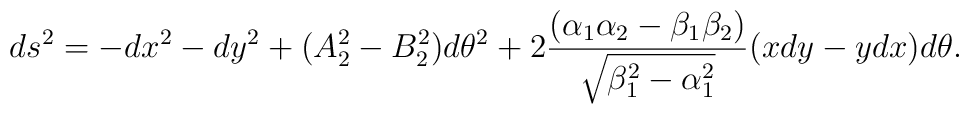
ds^2=-dx^2-dy^2+(A_2^2-B_2^2)d\theta^2+2{(\alpha_1\alpha_2-\beta_1\beta_2)\over \sqrt{\beta_1^2-\alpha^2_1}}(x dy-y d x)d\theta.